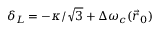
\delta _ { L } = - \kappa / \sqrt 3 + \Delta \omega _ { c } ( \vec { r } _ { 0 } )